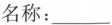
名称：___